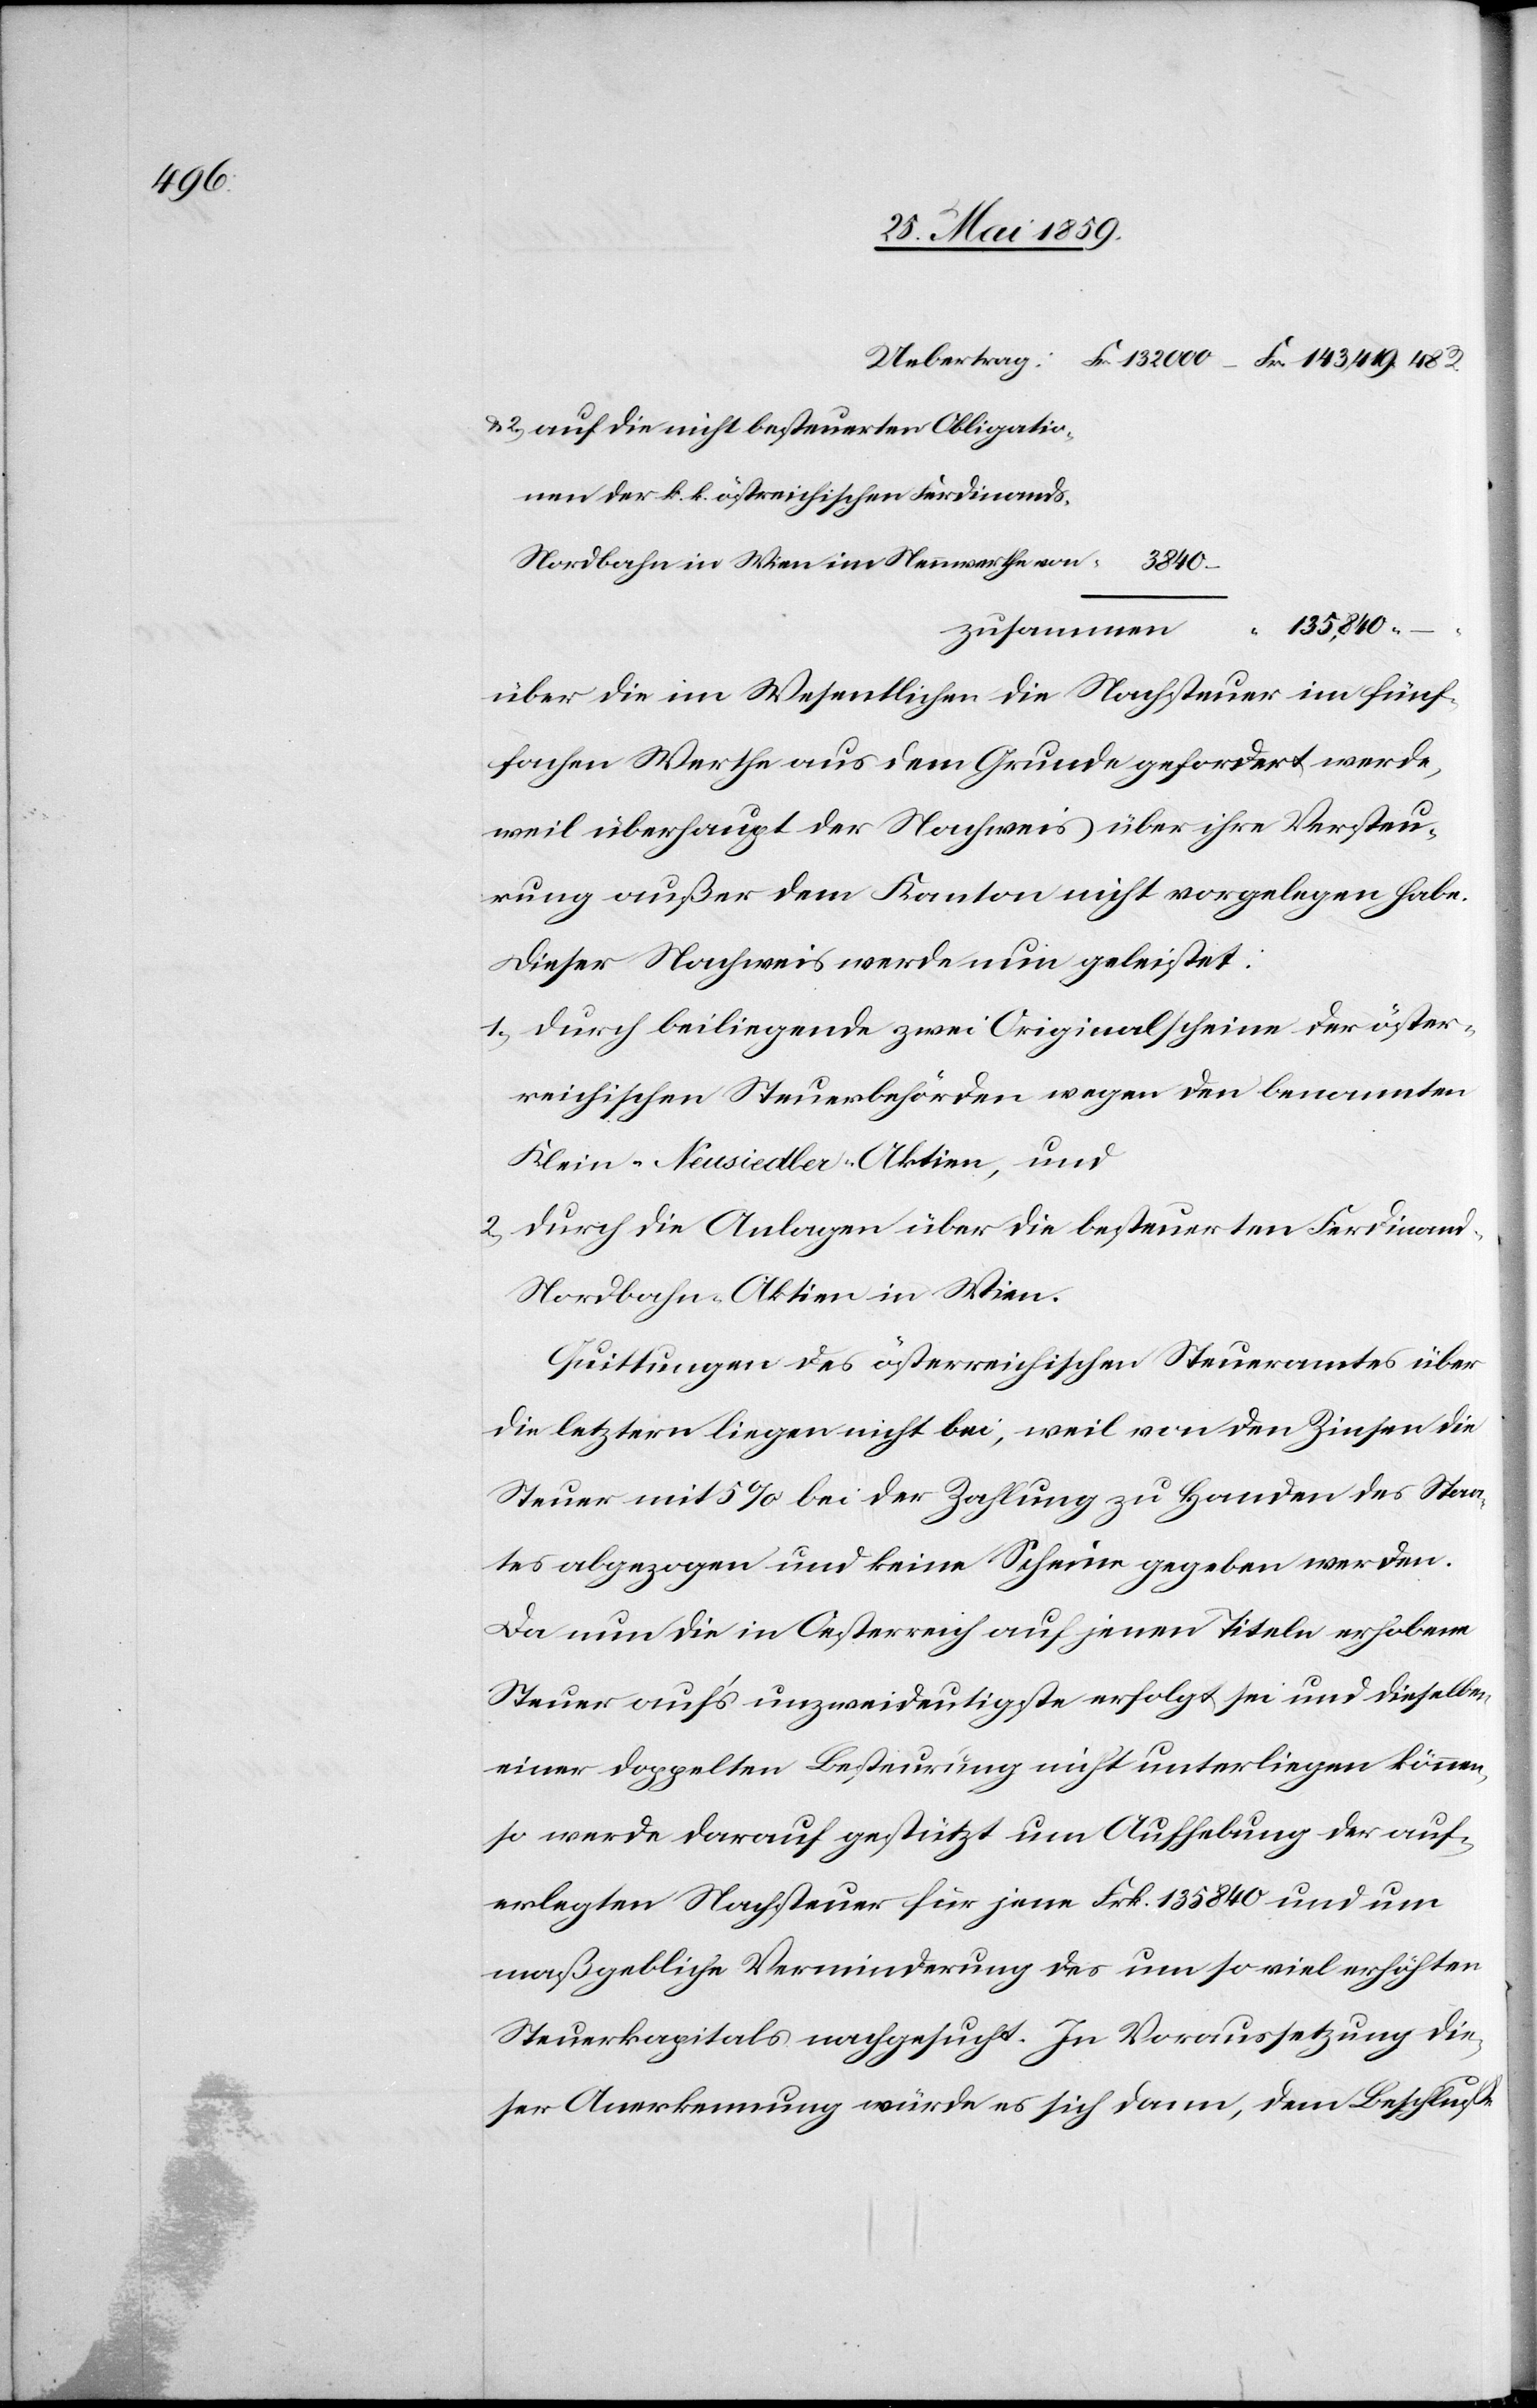
Uebertrag:	 Fr. 132000. 			Fr. 143‘419.48 R.
u. 2) auf die nicht besteuerten Obligatio-
nen der k.k. östereichischen Ferdinands-
Nordbahn in Wien im Nennwerthe von
135‘840.
über die im Wesentlichen die Nachsteuer im fünf¬
fachen Werthe aus dem Grunde gefordert werde,
weil überhaupt der Nachweis über ihre Versteu¬
rung außer dem Kanton nicht vorgelegen habe.
Dieser Nachweis werde nun geleistet:
1) Durch beiliegende zwei Originalscheine der öster¬
reichischen Steuerbehörden wegen den benannten
Klein-Neusiedler-Aktien, und
2) durch die Anlagen über die besteuerten Ferdinan¬
d-Nordbahn-Aktien in Wien.
Quittungen des österreichischen Steueramtes über
die letztern liegen nicht bei, weil von den Zinsen die
Steuer mit 5 % bei der Zahlung zu Handen des Staa¬
tes abgezogen und keine Scheine gegeben werden.
Da nun die in Oesterreich auf jenen Titeln erhobene
Steuer auf’s unzweideutigste erfolgt sei und dieselbe
einer doppelten Besteurung nicht unterliegen können,
so werde darauf gestützt um Aufhebung der auf¬
erlegten Nachsteuer für jene Frk. 135840 und um
maßgebliche Verminderung des um so viel erhöhten
Steuerkapitals nachgesucht. In Voraussetzung die¬
ser Anmerkung würde es sich dann, dem Beschluß